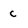
Character: c